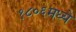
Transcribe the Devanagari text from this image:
१८०६मध्ये